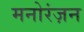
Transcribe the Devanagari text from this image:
मनोरंज़न